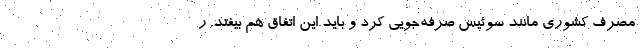
مصرف کشوری مانند سوئیس صرفه‌جویی کرد و باید این اتفاق هم بیفتد. ر